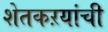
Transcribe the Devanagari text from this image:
शेतकऱयांची